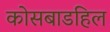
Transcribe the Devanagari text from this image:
कोसबाडहिल